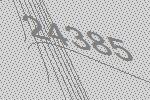
24385